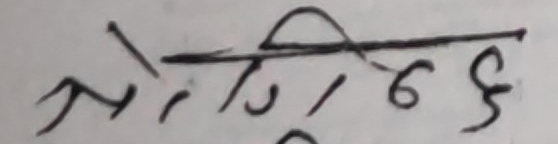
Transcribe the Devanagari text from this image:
लेगोविन्द६